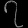
Digit: ၇